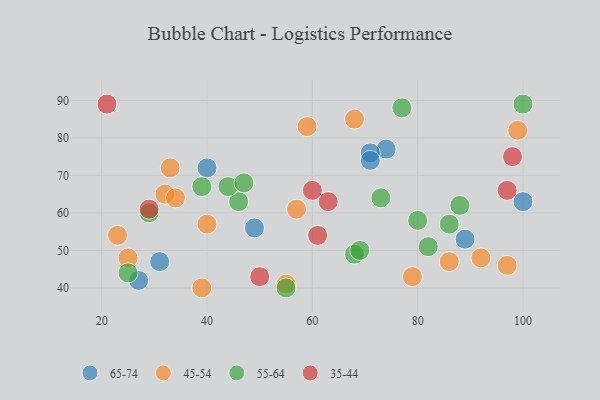
{"axis": {"x": "GDP", "y": "Life Expectancy"}, "legend": ["35-44", "45-54", "55-64", "65-74"], "data": [{"x": "74", "y": 77, "type": "65-74"}, {"x": "89", "y": 53, "type": "65-74"}, {"x": "40", "y": 72, "type": "65-74"}, {"x": "31", "y": 47, "type": "65-74"}, {"x": "71", "y": 76, "type": "65-74"}, {"x": "27", "y": 42, "type": "65-74"}, {"x": "100", "y": 63, "type": "65-74"}, {"x": "49", "y": 56, "type": "65-74"}, {"x": "71", "y": 74, "type": "65-74"}, {"x": "86", "y": 47, "type": "45-54"}, {"x": "40", "y": 57, "type": "45-54"}, {"x": "33", "y": 72, "type": "45-54"}, {"x": "39", "y": 40, "type": "45-54"}, {"x": "55", "y": 41, "type": "45-54"}, {"x": "25", "y": 48, "type": "45-54"}, {"x": "97", "y": 46, "type": "45-54"}, {"x": "32", "y": 65, "type": "45-54"}, {"x": "92", "y": 48, "type": "45-54"}, {"x": "59", "y": 83, "type": "45-54"}, {"x": "57", "y": 61, "type": "45-54"}, {"x": "79", "y": 43, "type": "45-54"}, {"x": "34", "y": 64, "type": "45-54"}, {"x": "68", "y": 85, "type": "45-54"}, {"x": "23", "y": 54, "type": "45-54"}, {"x": "99", "y": 82, "type": "45-54"}, {"x": "73", "y": 64, "type": "55-64"}, {"x": "29", "y": 60, "type": "55-64"}, {"x": "100", "y": 89, "type": "55-64"}, {"x": "55", "y": 40, "type": "55-64"}, {"x": "86", "y": 57, "type": "55-64"}, {"x": "25", "y": 44, "type": "55-64"}, {"x": "68", "y": 49, "type": "55-64"}, {"x": "80", "y": 58, "type": "55-64"}, {"x": "46", "y": 63, "type": "55-64"}, {"x": "88", "y": 62, "type": "55-64"}, {"x": "39", "y": 67, "type": "55-64"}, {"x": "69", "y": 50, "type": "55-64"}, {"x": "44", "y": 67, "type": "55-64"}, {"x": "47", "y": 68, "type": "55-64"}, {"x": "77", "y": 88, "type": "55-64"}, {"x": "82", "y": 51, "type": "55-64"}, {"x": "21", "y": 89, "type": "35-44"}, {"x": "63", "y": 63, "type": "35-44"}, {"x": "61", "y": 54, "type": "35-44"}, {"x": "60", "y": 66, "type": "35-44"}, {"x": "50", "y": 43, "type": "35-44"}, {"x": "97", "y": 66, "type": "35-44"}, {"x": "98", "y": 75, "type": "35-44"}, {"x": "29", "y": 61, "type": "35-44"}]}